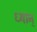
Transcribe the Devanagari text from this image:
ध्यान्